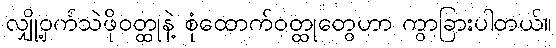
လျှို့ဝှက်သဲဖိုဝတ္ထုနဲ့ စုံထောက်ဝတ္ထုတွေဟာ ကွာခြားပါတယ်။